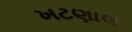
ખટણાલ